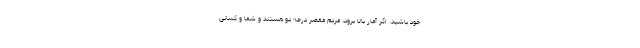
خود باشید. اگر آمار بالا برود، مردم مقصر درجه دو هستند و شما و کسانی